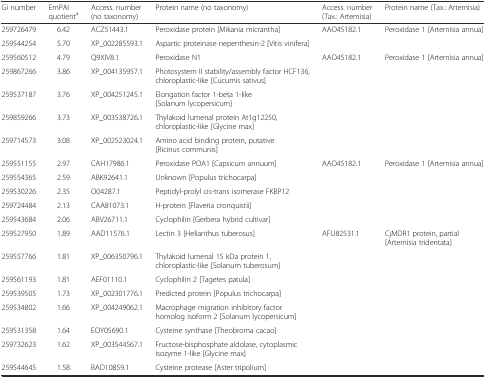
<table><thead><tr><td><b>Gi number</b></td><td><b>EmPAI quotient<sup>a</sup></b></td><td><b>Access. number (no taxonomy)</b></td><td><b>Protein name (no taxonomy)</b></td><td><b>Access. number (Tax.: Artemisia)</b></td><td><b>Protein name (Tax.: Artemisia)</b></td></tr></thead><tbody><tr><td>259726479</td><td>6.42</td><td>ACZ51443.1</td><td>Peroxidase protein [Mikania micrantha]</td><td>AAO45182.1</td><td>Peroxidase 1 [Artemisia annua]</td></tr><tr><td>259544254</td><td>5.70</td><td>XP_002285593.1</td><td>Aspartic proteinase nepenthesin-2 [Vitis vinifera]</td><td></td><td></td></tr><tr><td>259560512</td><td>4.79</td><td>Q9XIV8.1</td><td>Peroxidase N1</td><td>AAO45182.1</td><td>Peroxidase 1 [Artemisia annua]</td></tr><tr><td>259867266</td><td>3.86</td><td>XP_004135957.1</td><td>Photosystem II stability/assembly factor HCF136, chloroplastic-like [Cucumis sativus]</td><td></td><td></td></tr><tr><td>259537187</td><td>3.76</td><td>XP_004251245.1</td><td>Elongation factor 1-beta 1-like [Solanum lycopersicum]</td><td></td><td></td></tr><tr><td>259859266</td><td>3.73</td><td>XP_003538726.1</td><td>Thylakoid lumenal protein At1g12250, chloroplastic-like [Glycine max]</td><td></td><td></td></tr><tr><td>259714573</td><td>3.08</td><td>XP_002523024.1</td><td>Amino acid binding protein, putative [Ricinus communis]</td><td></td><td></td></tr><tr><td>259551155</td><td>2.97</td><td>CAH17986.1</td><td>Peroxidase POA1 [Capsicum annuum]</td><td>AAO45182.1</td><td>Peroxidase 1 [Artemisia annua]</td></tr><tr><td>259554365</td><td>2.59</td><td>ABK92641.1</td><td>Unknown [Populus trichocarpa]</td><td></td><td></td></tr><tr><td>259530226</td><td>2.35</td><td>O04287.1</td><td>Peptidyl-prolyl cis-trans isomerase FKBP12</td><td></td><td></td></tr><tr><td>259724484</td><td>2.13</td><td>CAA81073.1</td><td>H-protein [Flaveria cronquistii]</td><td></td><td></td></tr><tr><td>259543684</td><td>2.06</td><td>ABV26711.1</td><td>Cyclophilin [Gerbera hybrid cultivar]</td><td></td><td></td></tr><tr><td>259527950</td><td>1.89</td><td>AAD11576.1</td><td>Lectin 3 [Helianthus tuberosus]</td><td>AFU82531.1</td><td>CjMDR1 protein, partial [Artemisia tridentata]</td></tr><tr><td>259557766</td><td>1.81</td><td>XP_006350796.1</td><td>Thylakoid lumenal 15 kDa protein 1, chloroplastic-like [Solanum tuberosum]</td><td></td><td></td></tr><tr><td>259561193</td><td>1.81</td><td>AEF01110.1</td><td>Cyclophilin 2 [Tagetes patula]</td><td></td><td></td></tr><tr><td>259539505</td><td>1.73</td><td>XP_002301776.1</td><td>Predicted protein [Populus trichocarpa]</td><td></td><td></td></tr><tr><td>259534802</td><td>1.66</td><td>XP_004249062.1</td><td>Macrophage migration inhibitory factor homolog isoform 2 [Solanum lycopersicum]</td><td></td><td></td></tr><tr><td>259531358</td><td>1.64</td><td>EOY05690.1</td><td>Cysteine synthase [Theobroma cacao]</td><td></td><td></td></tr><tr><td>259732623</td><td>1.62</td><td>XP_003544567.1</td><td>Fructose-bisphosphate aldolase, cytoplasmic isozyme 1-like [Glycine max]</td><td></td><td></td></tr><tr><td>259544645</td><td>1.58</td><td>BAD10859.1</td><td>Cysteine protease [Aster tripolium]</td><td></td><td></td></tr></tbody></table>